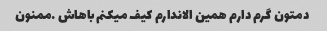
دمتون گرم دارم همین الاندارم کیف میکنم باهاش …ممنون